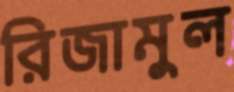
রিজামুল